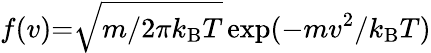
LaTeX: f(v){=}\sqrt{m/2\pi k_{\mathrm{B}}T}\exp(-mv^{2}/k_{\mathrm{B}}T)